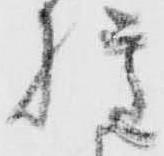
権